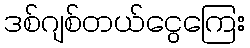
ဒစ်ဂျစ်တယ်ငွေကြေး